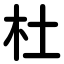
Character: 杜